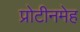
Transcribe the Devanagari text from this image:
प्रोटीनमेह